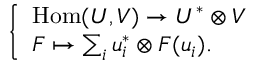
\left\{ \begin{array} { l l } { \mathrm { H o m } ( U , V ) \to U ^ { * } \otimes V } \\ { F \mapsto \sum _ { i } u _ { i } ^ { * } \otimes F ( u _ { i } ) . } \end{array} \right.